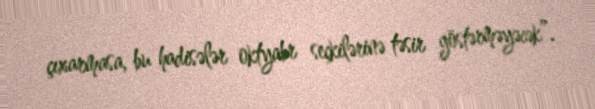
çıxarmasa, bu hadisələr oktyabr seçkilərinə təsir göstərməyəcək”.